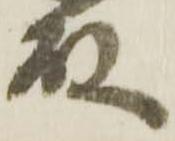
殿